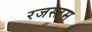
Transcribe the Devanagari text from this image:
रजस्तम